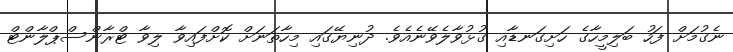
ނެގުމަށް ފަހު ބަލިމީހާގެ ހަށިގަނޑާއި ގުޅުވާލެވޭނެއެވެ. ދުނިޔޭގައި މިހާތަނަށް ކޮށްފައިވާ ލިވާ ޓްރާންސްޕްލާންޓް